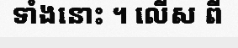
ទាំងនោះ ។ លើស ពី